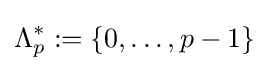
\Lambda _{p}^{*}:=\{0,\ldots ,p-1\}